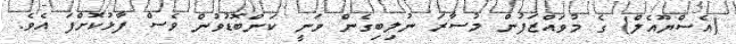
(އެސްޔޫއެލް) ގެ މުވައްޒަފުން މުސާރަ ނުލިބިގެން ވަނީ ކަންބޮޑުވުން ވެސް ފާޅުކޮށްފަ އެވެ.